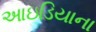
આઇડિયાના